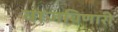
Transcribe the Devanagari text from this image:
वाजविणारी